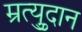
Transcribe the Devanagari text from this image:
म्रुत्युदान